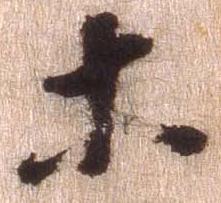
等